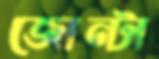
জোন্টা